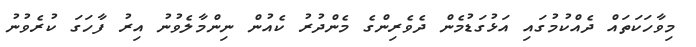
މިވާހަކަތައް ދެއްކުމުގައި އަޅުގަޑުމެން ދެވެރިންގެ މެންދުރު ކެއުން ނިންމާލެވުނު އިރު ފާހަގަ ކުރެވުނު